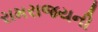
રામરાજયની